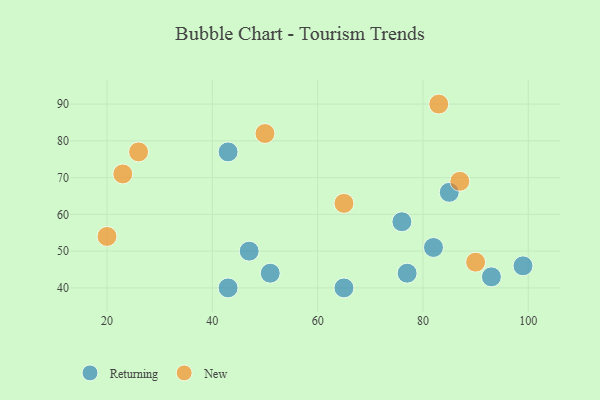
{"axis": {"x": "GDP", "y": "Life Expectancy"}, "legend": ["New", "Returning"], "data": [{"x": "51", "y": 44, "type": "Returning"}, {"x": "76", "y": 58, "type": "Returning"}, {"x": "43", "y": 77, "type": "Returning"}, {"x": "93", "y": 43, "type": "Returning"}, {"x": "43", "y": 40, "type": "Returning"}, {"x": "82", "y": 51, "type": "Returning"}, {"x": "85", "y": 66, "type": "Returning"}, {"x": "99", "y": 46, "type": "Returning"}, {"x": "77", "y": 44, "type": "Returning"}, {"x": "65", "y": 40, "type": "Returning"}, {"x": "47", "y": 50, "type": "Returning"}, {"x": "26", "y": 77, "type": "New"}, {"x": "65", "y": 63, "type": "New"}, {"x": "83", "y": 90, "type": "New"}, {"x": "50", "y": 82, "type": "New"}, {"x": "23", "y": 71, "type": "New"}, {"x": "87", "y": 69, "type": "New"}, {"x": "90", "y": 47, "type": "New"}, {"x": "20", "y": 54, "type": "New"}]}